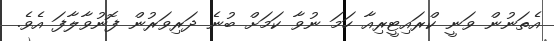
އެތަނުން ވަނީ ކްރައިޓީރިއާ ހަމަ ނުވާ ކަމަށް ބުނެ ދަރިވަރުން ފޮނުވާލާފަ އެވެ.